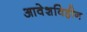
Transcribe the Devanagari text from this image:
आवेशविहीन